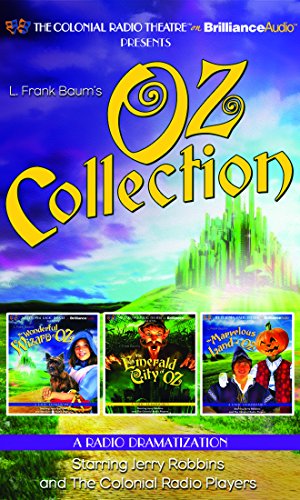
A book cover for Oz Collection: The Wonderful Wizard of Oz, The Emerald City of Oz, The Marvelous Land of Oz; L. Frank Baum; Literature & Fiction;